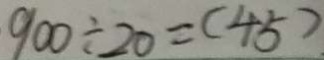
9 0 0 \div 2 0 = ( 4 5 )